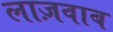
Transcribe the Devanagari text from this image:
लाज़वाब